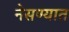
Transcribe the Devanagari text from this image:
नेसण्यात